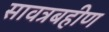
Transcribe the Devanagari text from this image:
सावत्रबहीण